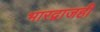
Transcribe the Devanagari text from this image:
भारद्वाजही